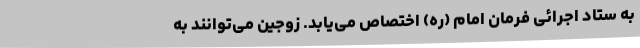
به ستاد اجرائی فرمان امام (ره) اختصاص می‌یابد. زوجین می‌توانند به